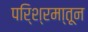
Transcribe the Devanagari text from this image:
परि्श्रमा्तून